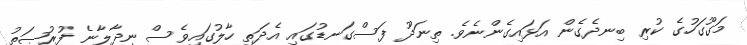
މަގޫގަހުގެ ކުރި ބިނދެގެން އަޅައިގެންނެވެ. ތިނަދޫ ފަސްގަނޑުގައި އެދަތި ހާލުގައިވެސް ނިދާލާނެ ފުރުޞަތު